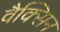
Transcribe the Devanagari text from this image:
वैक्सिन